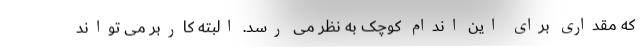
که مقداری برای این اندام کوچک به نظر می رسد. البته کاربر می تواند